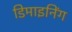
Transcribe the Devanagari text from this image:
डिमाइनिंग